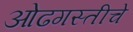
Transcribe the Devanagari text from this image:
ओढगस्तीचे